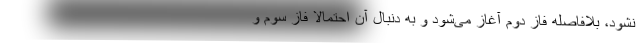
نشود، بلافاصله فاز دوم آغاز می‌شود و به دنبال آن احتمالا فاز سوم و